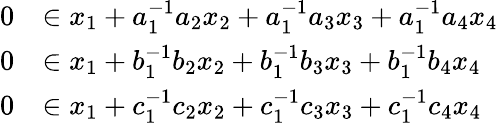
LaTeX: \begin{array}{rl}{0}&{\in x_{1}+a_{1}^{-1}a_{2}x_{2}+a_{1}^{-1}a_{3}x_{3}+a_{1}^{-1}a_{4}x_{4}}\\ {0}&{\in x_{1}+b_{1}^{-1}b_{2}x_{2}+b_{1}^{-1}b_{3}x_{3}+b_{1}^{-1}b_{4}x_{4}}\\ {0}&{\in x_{1}+c_{1}^{-1}c_{2}x_{2}+c_{1}^{-1}c_{3}x_{3}+c_{1}^{-1}c_{4}x_{4}}\end{array}